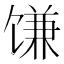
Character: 𫗱